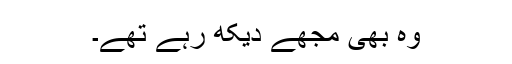
وہ بھی مجھے دیکھ رہے تھے۔